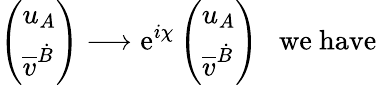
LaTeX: \left(\begin{array}{l}{{u_{A}}}\\ {{\overline{{{v}}}^{\dot{B}}}}\end{array}\right)\longrightarrow\mathrm{e}^{i\chi}\left(\begin{array}{l}{{u_{A}}}\\ {{\overline{{{v}}}^{\dot{B}}}}\end{array}\right)\ \ \ \mathrm{{w\mathrm{e}~hav\mathrm{e}}}